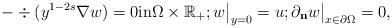
LaTeX: \begin{align*}-\div (y^{1-2s}\nabla w)=0\mbox{in}\Omega\times\mathbb R_+;w\big|_{y=0}=u;\partial_{\bf n}w\big|_{x\in\partial\Omega}=0,\end{align*}